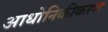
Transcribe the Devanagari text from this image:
आधोनिकीकरण